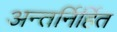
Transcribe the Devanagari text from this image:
अन्तर्निर्हित